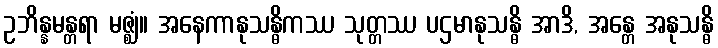
ဥဘိန္နမန္တရာ မဇ္ဈံ။ အနေကာနုသန္ဓိကဿ သုတ္တဿ ပဌမာနုသန္ဓိ အာဒိ, အန္တေ အနုသန္ဓိ